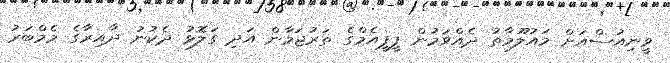
ވީނިއުސްއަށް މައުލޫމާތު ދެއްވަމުން ޕީޕީއެމްގެ ތަރުޖަމާން އަދި ގަލޮޅު ދެކުނު ދާއިރާގެ މެމްބަރު